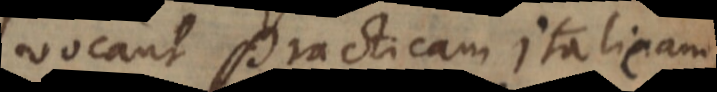
vocant practicam italicam